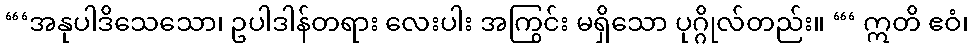
“‘အနုပါဒိသေသော၊ ဥပါဒါန်တရား လေးပါး အကြွင်း မရှိသော ပုဂ္ဂိုလ်တည်း။ “‘ ဣတိ ဧဝံ၊